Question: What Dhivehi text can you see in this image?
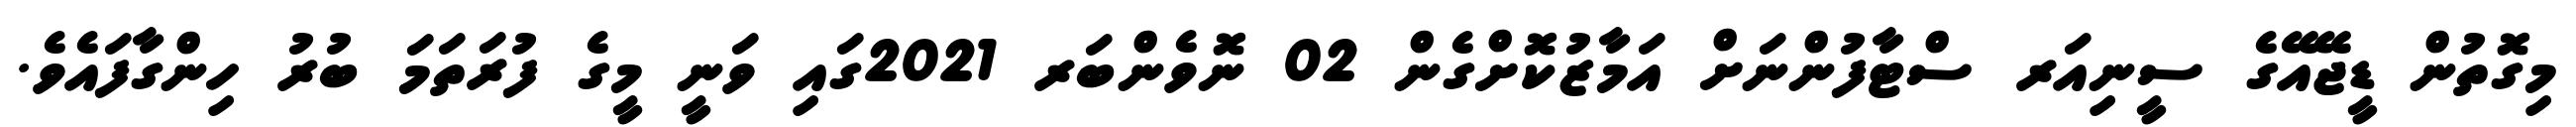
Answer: މިގޮތުން ޑީޖޭއޭގެ ސީނިއަރ ސްޓާފުންނަށް އަމާޒުކޮށްގެން 02 ނޮވެންބަރ 2021ގައި ވަނީ މީގެ ފުރަތަމަ ބުރު ހިންގާފައެވެ.